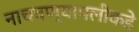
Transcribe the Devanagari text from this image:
नाचवण्यापलीकडे